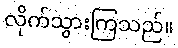
လိုက်သွားကြသည်။